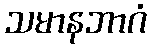
သမာနဘာဂံ